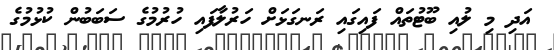
އަދި މި ލުއި ބޫޓުތައް ފައިގައި ރަނގަޅަށް ހަރުލާފައި ހުރުމުގެ ސަބަބުން ކުޅުމުގެ